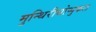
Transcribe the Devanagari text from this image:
मुन्थिरीथोप्पुकल